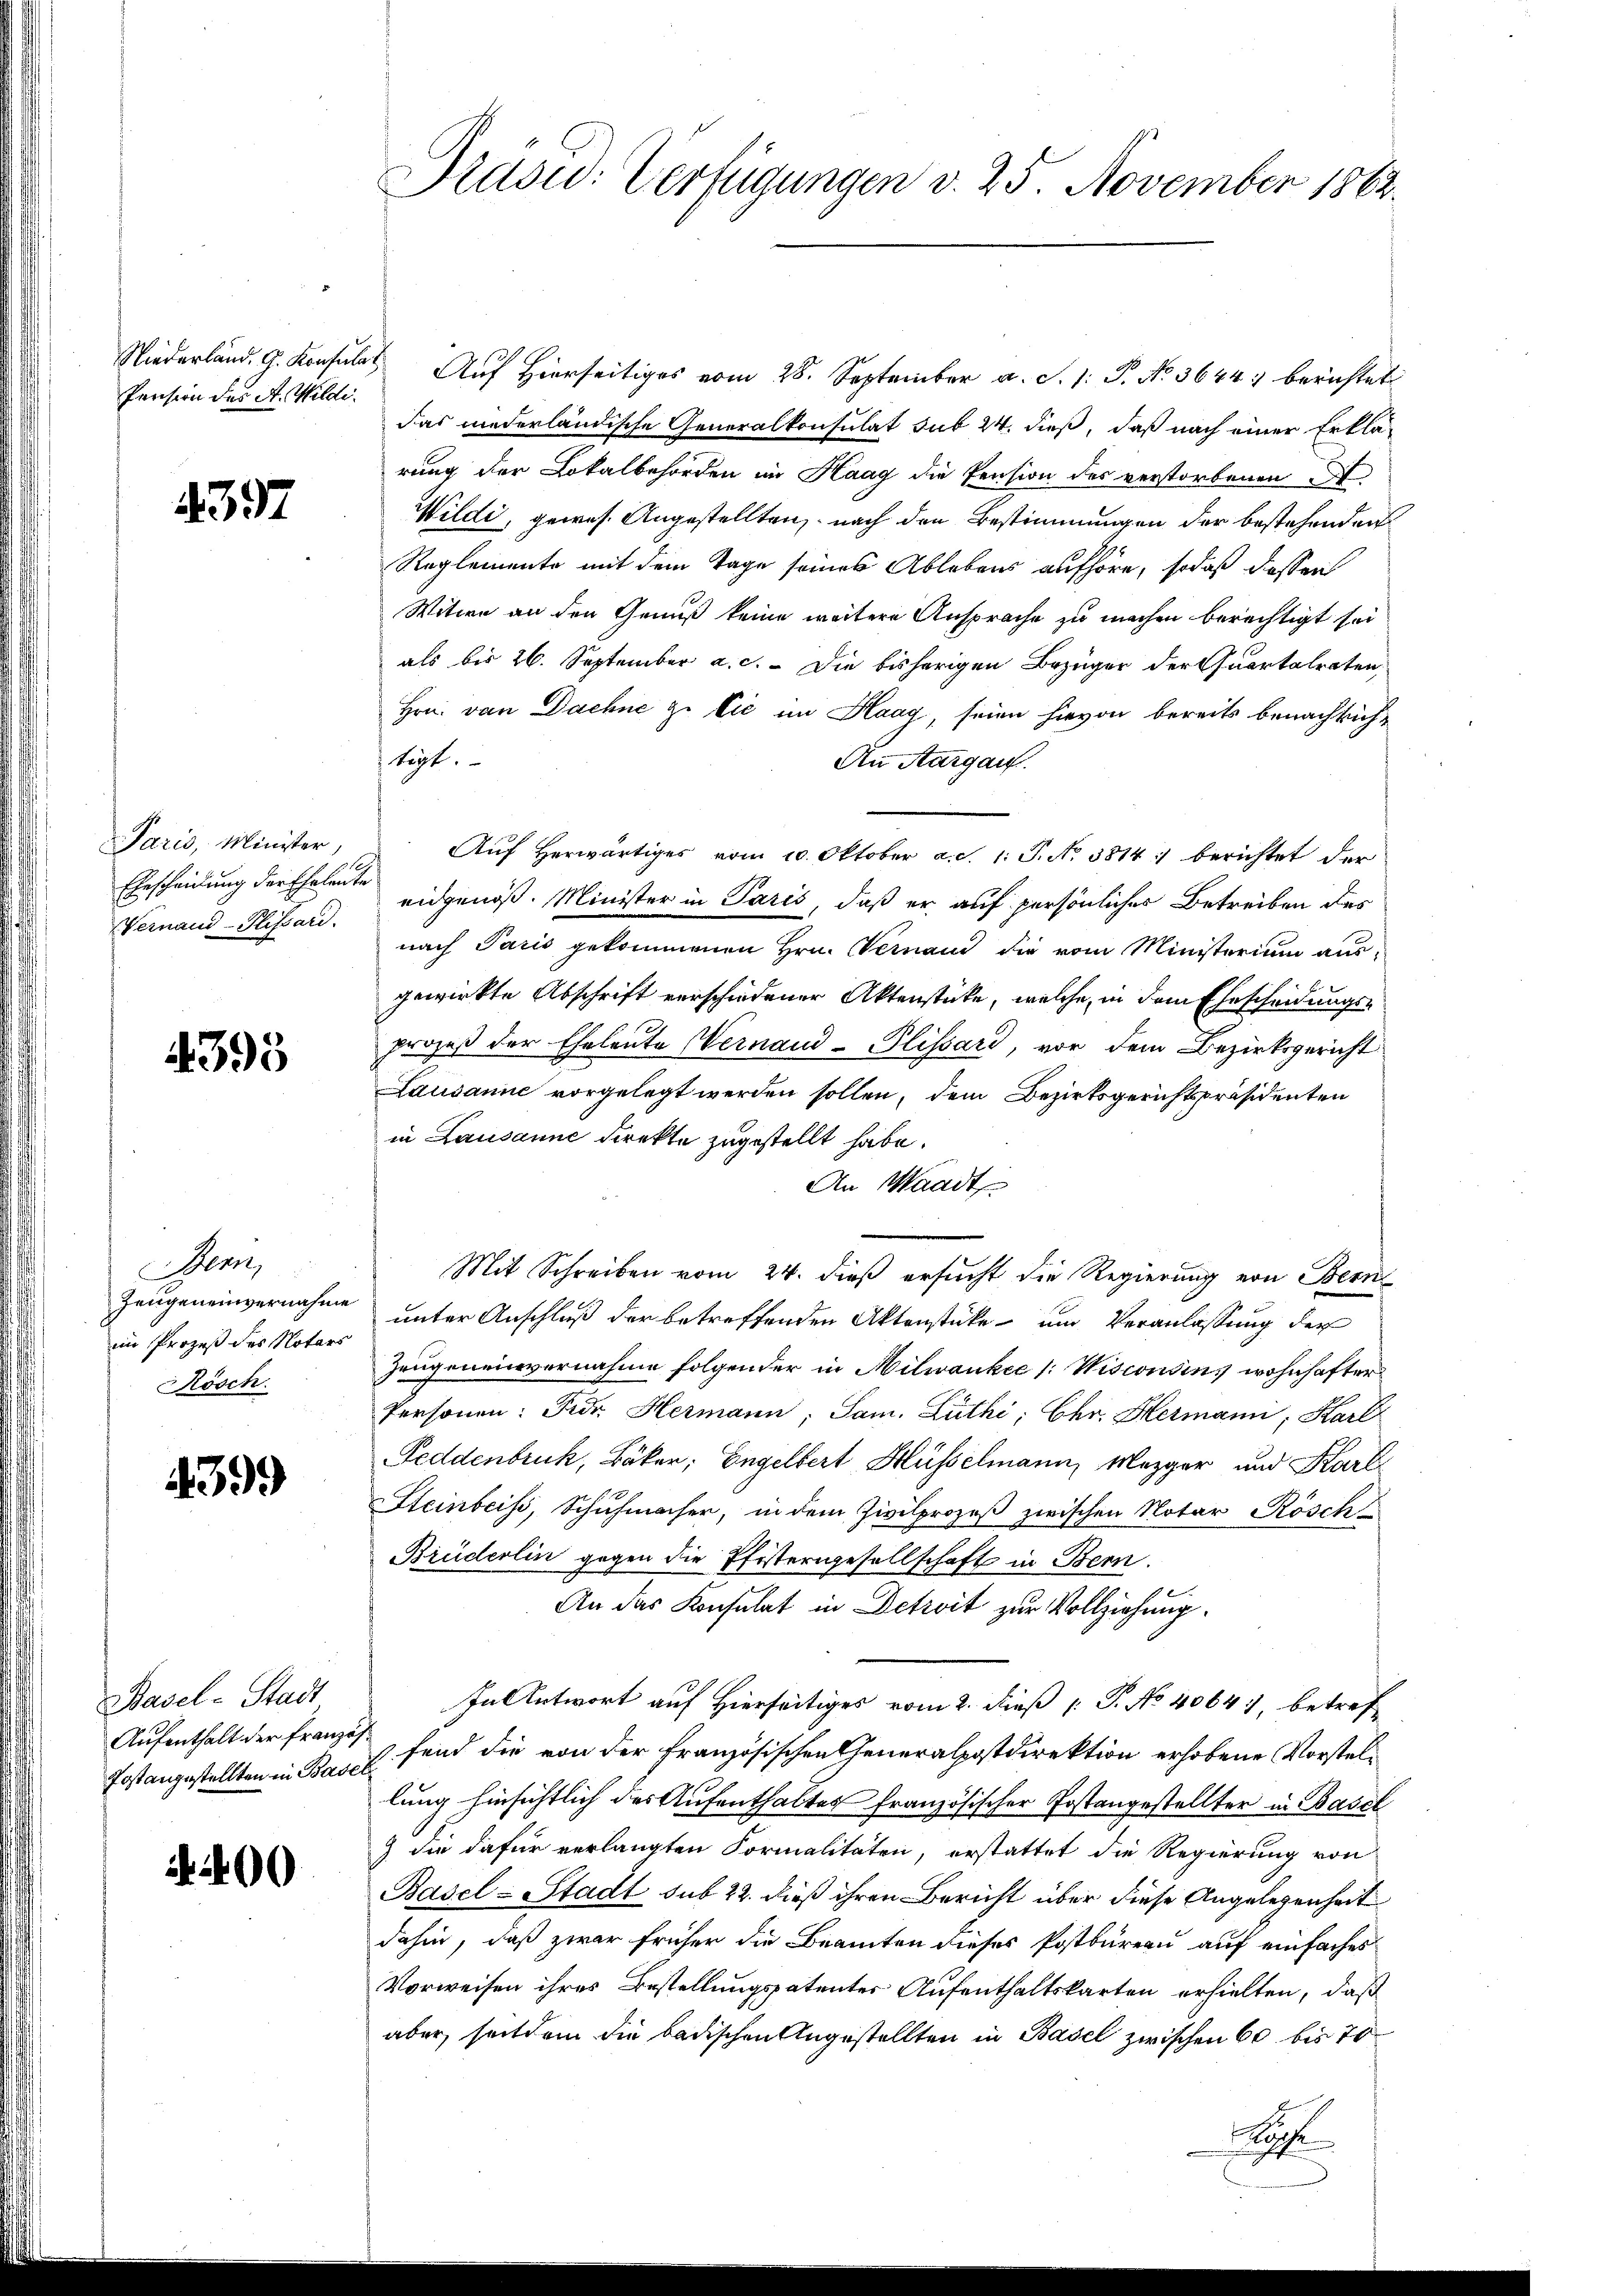
Pension der A. Wildi.

392

Paris, Minister,
Ehrscheidung der Eheleute
Vernaud-Plissard.

395

Bern,
Zeugeneinvernahme
im Prozeß des Notars
Rösch

399

Basel-Stadt
Aufenthalt der Französ
Post angestellten in Base

400

Präsid: Verfügungen d. 25. November 1862.

Niederland. G. Konsula Auf Hierseitiges vom 28. September a. S. 1: P. No. 3644) berichtet
das niederländische Generalkonsulat sub 24. dieß, daß nach einer Erklärung der Lokalbehörden im Haag die Pension des verstorbenen A
Wildi, gewes. Angestellten, nach den Bestimmungen der bestehenden
Reglemente mit dem Tage seines Ablebens aufhöre, sodaß dessen
Witwe an den Genuß keine weitere Ansprache zu machen berechtigt sei
als bis 26. September a. c. Die bisherigen Bezüger der Quartalraten,
Hrn. von Dachne zu Cie im Haag, seien hievon bereits benachrichtigt.
An Aargau.
Auf herwärtiges vom 10. Oktober a.d. 1. S. No. 5814. berichtet der
eidgenöß. Minister in Paris, daß er auf persönlicher Betreiben des
nach Paris gekommenen Hrn. Vernand die vom Ministerium aus-
gewirkte Abschrift verschiedener Aktenstücke, welche, in dem Ehescheidungse
prozeß der Eheleute Wernaud-Plissard, vor dem Bezirksgericht
Lausanne vorgelegt werden sollen, dem Bezirksgerichtspräsidenten
in Lausanne direkte zugestellt habe.
An Waadt
Mit Schreiben vom 24. dieß ersucht die Regierung von Bern
unter Anschluß der betreffenden Aktenstücke und Veranlassung der
Zeugeneinvernahme folgender in Hilwankee (:Wisconsins wohnhafter
Personen: Für Hermann, Sam. Lüthi; Chr. Hermanni, Karl
Feddenbruck, Bäker, Engelbert Hüsselmann, Mezger und Karl
Steinbeiss, Schuhmacher, in dem Zivilprozeß zwischen Notar Rösch
Brüderlin gegen die Pfösterigesellschaft in Bern.
An das Konsulat in Detreit zur Vollziehung.
In Antwort auf Hierseitiges vom 2. dieß P. No 40647, betref
fend die von der französischen Generalpostdirektion erhobene Vorstellung hinsichtlich des Aufenthaltes französischer Postangestellter in Basel
) die dafür verlangten Formalitäten, erstattet die Regierung von
Basel-Stadt sub 22. dieß ihren Bericht über diese Angelegenheit
dahin, daß zwar früher die Beamten dieses Postbürern auf einfaches
Vorweisen ihres Bestellungspatenter Aufenthaltskarten erhielten, daß
aber seitdem die badischen Angestellten in Basel zwischen 60 bis 70
Sache